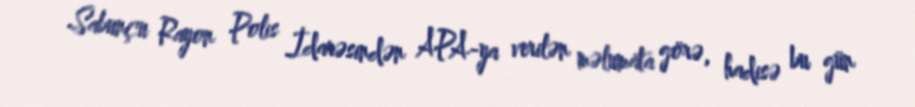
Sabunçu Rayon Polis İdarəsindən APA-ya verilən məlumata görə, hadisə bu gün